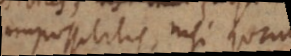
impossibilis, nisi quando